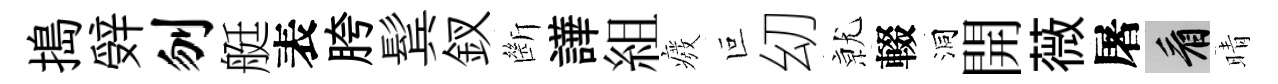
搗辤刎艇表胯鬂釵㫁譁組癈叵㓜𭕒輟洞開薇屠看晴